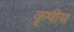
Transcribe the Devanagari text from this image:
कृषीय